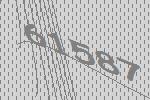
61587